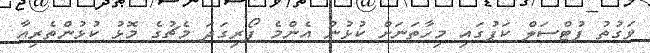
ވަގުތު ފުޓްސަލް ކަޕުގައި މިހާތަނަށް ކުޅުނު އެންމެ ފޯރިގަދަ މެޗުގެ މޮޅު ކުޅުންތެރިއާ